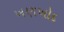
ખણખોદ